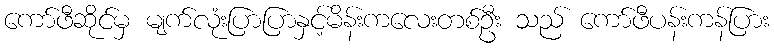
ကော်ဖီဆိုင်မှ မျက်လုံးပြာပြာနှင့်မိန်းကလေးတစ်ဦး သည် ကော်ဖီပန်းကန်ပြား